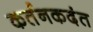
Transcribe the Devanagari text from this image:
कर्तनकदंत